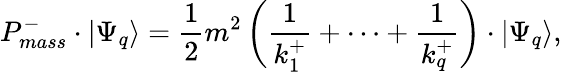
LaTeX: P_{mass}^{-}\cdot\vert\Psi_{q}\rangle=\frac{1}{2}m^{2}\left(\frac{1}{k_{1}^{+}}+\cdots+\frac{1}{k_{q}^{+}}\right)\cdot\vert\Psi_{q}\rangle,